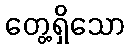
တွေ့ရှိသော